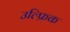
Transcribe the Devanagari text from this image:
उल्फ्रिक